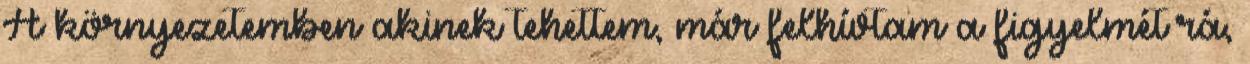
A környezetemben akinek tehettem, már felhívtam a figyelmét rá,